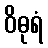
ဝိဓုရံ